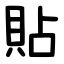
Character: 貼